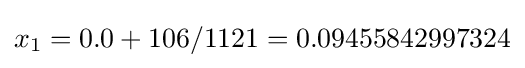
x_{1}=0.0+106/1121=0.09455842997324